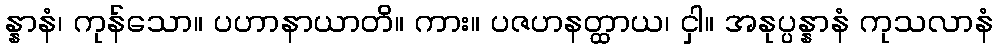
န္နာနံ၊ ကုန်သော။ ပဟာနာယာတိ။ ကား။ ပဇဟနတ္ထာယ၊ ငှါ။ အနုပ္ပန္နာနံ ကုသလာနံ